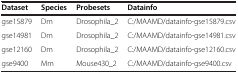
<table><thead><tr><td><b>Dataset</b></td><td><b>Species</b></td><td><b>Probesets</b></td><td><b>Datainfo</b></td></tr></thead><tbody><tr><td>gse15879</td><td>Dm</td><td>Drosophila_2</td><td>C:/MAAMD/datainfo-gse15879.csv</td></tr><tr><td>gse14981</td><td>Dm</td><td>Drosophila_2</td><td>C:/MAAMD/datainfo-gse14981.csv</td></tr><tr><td>gse12160</td><td>Dm</td><td>Drosophila_2</td><td>C:/MAAMD/datainfo-gse12160.csv</td></tr><tr><td>gse9400</td><td>Mm</td><td>Mouse430_2</td><td>C:/MAAMD/datainfo-gse9400.csv</td></tr></tbody></table>